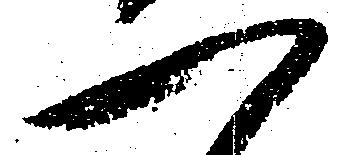
一